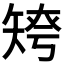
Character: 𥏤